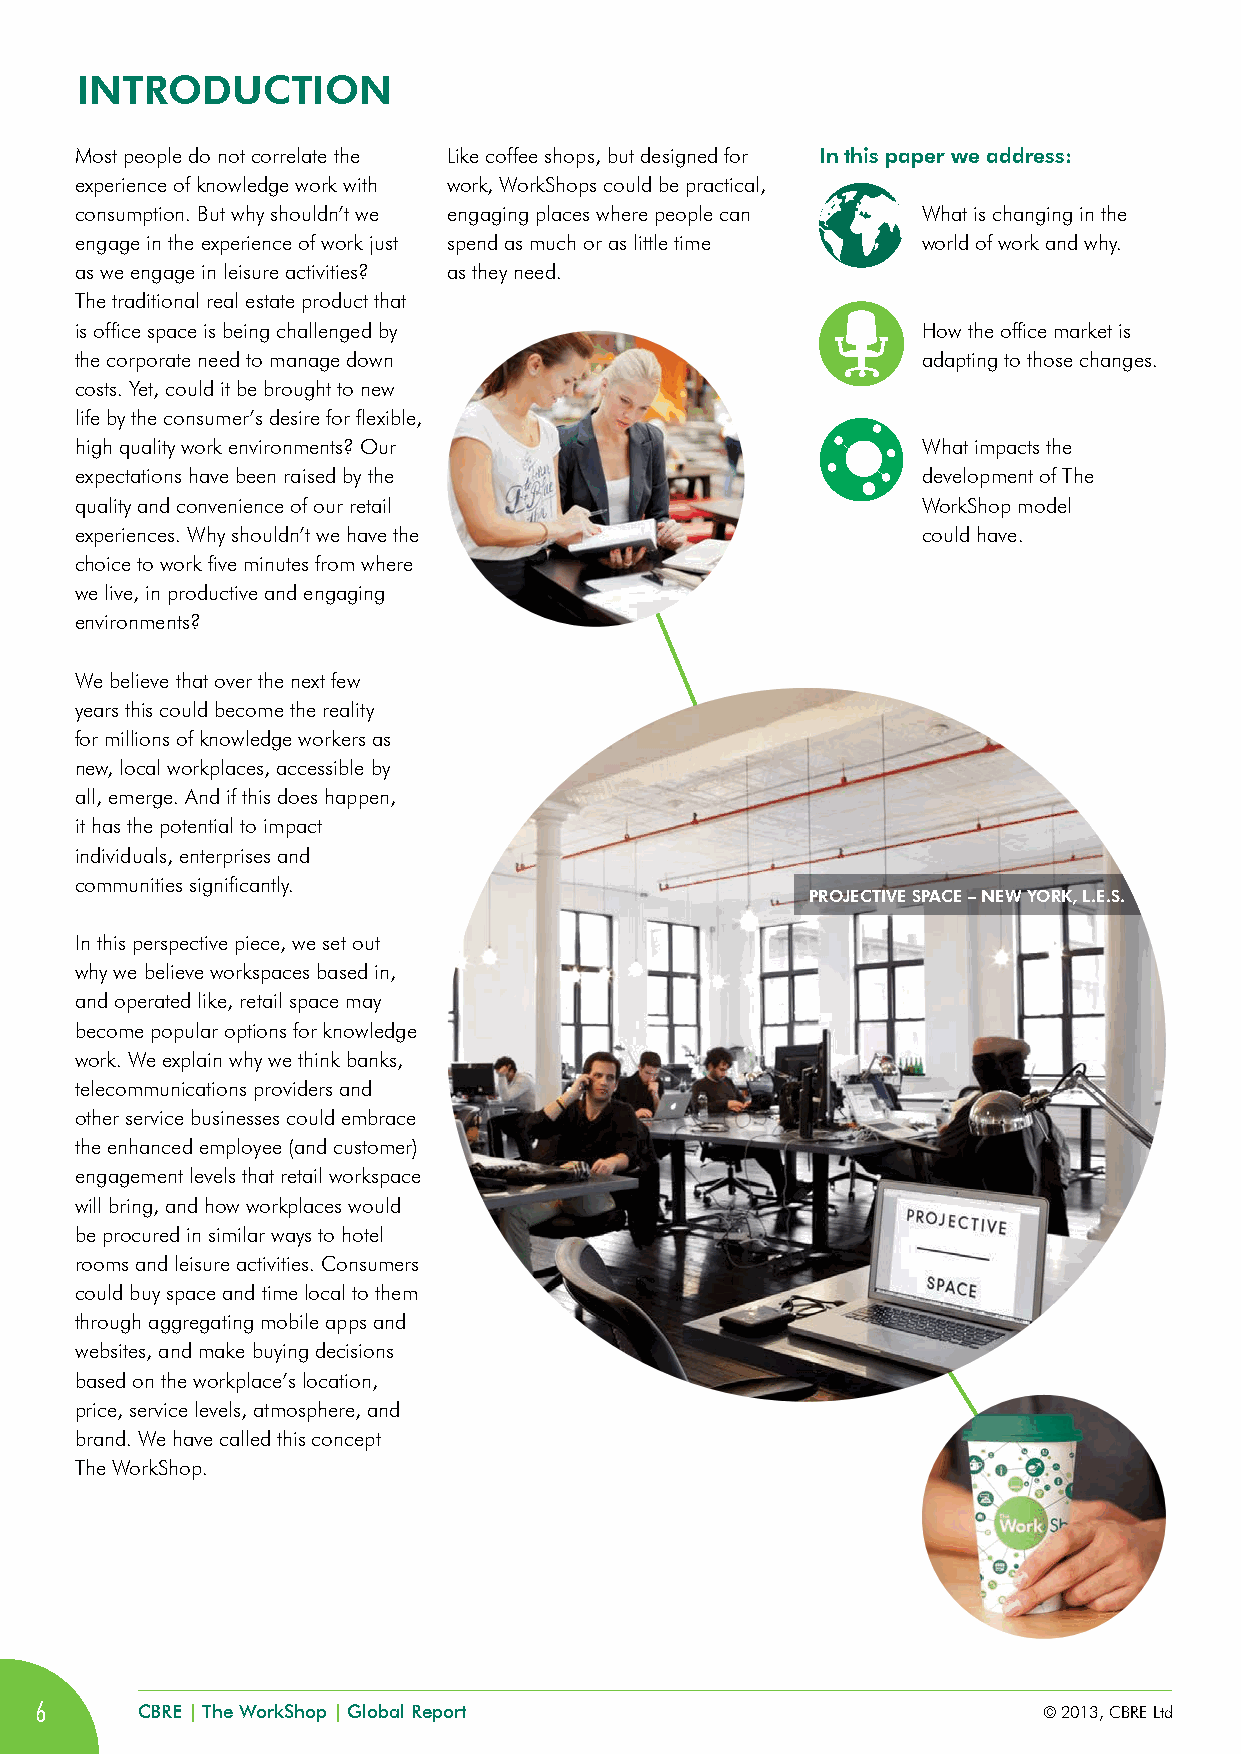
iNTRODUCTiON
 Most people do not correlate the Like coffee shops, but designed for in this paper we address:
 experience of knowledge work with work, WorkShops could be practical,
 consumption. But why shouldn’t we engaging places where people can What is changing in the
 engage in the experience of work just spend as much or as little time world of work and why.
 as we engage in leisure activities? as they need.
 The traditional real estate product that
 is office space is being challenged by                  How the office market is
 the corporate need to manage down                       adapting to those changes.
 costs. Yet, could it be brought to new
 life by the consumer’s desire for flexible,
 high quality work environments? Our                     What impacts the
 expectations have been raised by the                    development of The
 quality and convenience of our retail                   WorkShop model
 experiences. Why shouldn’t we have the                  could have.
 choice to work five minutes from where
 we live, in productive and engaging
 environments?
 We believe that over the next few
 years this could become the reality
 for millions of knowledge workers as
 new, local workplaces, accessible by
 all, emerge. And if this does happen,
 it has the potential to impact
 individuals, enterprises and
 communities significantly.
 PROjECTivE SPACE – NEW yORK, L.E.S.
 In this perspective piece, we set out
 why we believe workspaces based in,
 and operated like, retail space may
 become popular options for knowledge
 work. We explain why we think banks,
 telecommunications providers and
 other service businesses could embrace
 the enhanced employee (and customer)
 engagement levels that retail workspace
 will bring, and how workplaces would
 be procured in similar ways to hotel
 rooms and leisure activities. Consumers
 could buy space and time local to them
 through aggregating mobile apps and
 websites, and make buying decisions
 based on the workplace’s location,
 price, service levels, atmosphere, and
 brand. We have called this concept
 The WorkShop.
 6      CBRE | The WorkShop | Global Report                         © 2013, CBRE Ltd